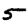
Digit: 5